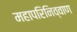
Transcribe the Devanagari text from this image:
महापरिनिव्वाण